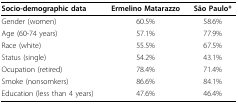
<table><thead><tr><td><b>Socio-demographic data</b></td><td><b>Ermelino Matarazzo</b></td><td><b>São Paulo*</b></td></tr></thead><tbody><tr><td>Gender (women)</td><td>60.5%</td><td>58.6%</td></tr><tr><td>Age (60-74 years)</td><td>57.1%</td><td>77.9%</td></tr><tr><td>Race (white)</td><td>55.5%</td><td>67.5%</td></tr><tr><td>Status (single)</td><td>54.2%</td><td>43.1%</td></tr><tr><td>Ocupation (retired)</td><td>78.4%</td><td>71.4%</td></tr><tr><td>Smoke (nonsomkers)</td><td>86.6%</td><td>84.1%</td></tr><tr><td>Education (less than 4 years)</td><td>47.6%</td><td>46.4%</td></tr></tbody></table>